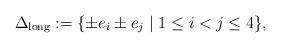
LaTeX: \begin{align*}\Delta_{\rm long} := \{\pm e_i \pm e_j \mid 1\le i < j \le 4\},\end{align*}